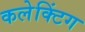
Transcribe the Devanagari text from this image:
कलेक्टिंग